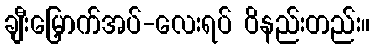
ချီးမြှောက်အပ်-လေးရပ် ဝိနည်းတည်း။